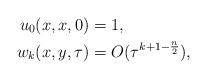
LaTeX: \begin{align*}u_{0}(x,x,0)&=1,\\w_{k}(x,y,\tau)&=O(\tau^{k+1-\frac{n}{2}}),\end{align*}